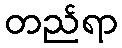
တည်ရာ